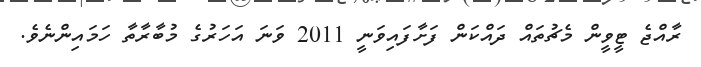
ރާއްޖެ ޓީވީން މެޗުތައް ދައްކަން ފަށާފައިވަނީ 2011 ވަނަ އަހަރުގެ މުބާރާތާ ހަމައިންނެވެ.